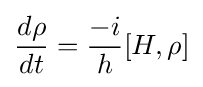
{\frac {d\rho }{dt}}={\frac {-i}{h}}[H,\rho ]